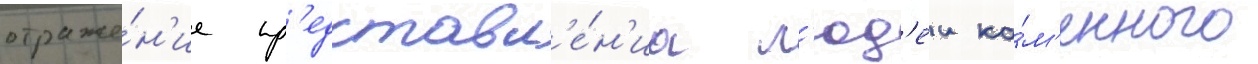
отраже́н'ие пр'едставл'е́н'иа л'юд'еи ка́м'енного